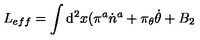
L _ { e f f } = \int \mathrm { d } ^ { 2 } x ( \pi ^ { a } \dot { n } ^ { a } + \pi _ { \theta } \dot { \theta } + B _ { 2 }